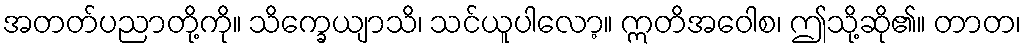
အတတ်ပညာတို့ကို။ သိက္ခေယျာသိ၊ သင်ယူပါလော့။ ဣတိအဝေါစ၊ ဤသို့ဆို၏။ တာတ၊